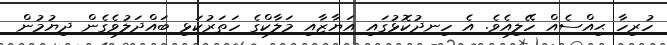
ހުރިހާ ޙިއްސެއް ހޭލިއެވެ. އެ ހިނދުކޮޅުގައި އަޔާޒާއި މަލާކްގެ ހަތަރުކަޅި ބައްދަލުވެގެން ދިޔުމުން